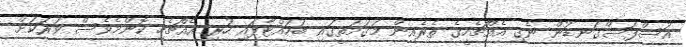
އުސްފަސްގަނޑުން ނެގި އެއްޗެހީގެ ތެރެއިން މަގުމަތީގައި ބަހައްޓާފައި ހުރި އެއްޗެހި ކޮންމެވެސް ވަރަކަށް